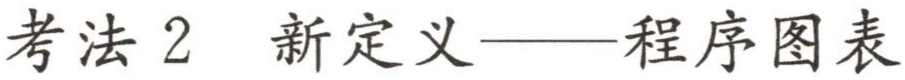
考法 2 新定义——程序图表